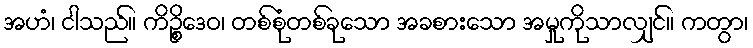
အဟံ၊ ငါသည်။ ကိဉ္စိဒေဝ၊ တစ်စုံတစ်ခုသော အခစားသော အမှုကိုသာလျှင်။ ကတွာ၊